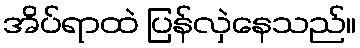
အိပ်ရာထဲ ပြန်လှဲနေသည်။